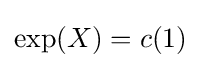
\exp(X)=c(1)